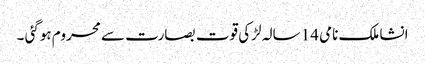
انشا ملک نامی 14 سالہ لڑکی قوت بصارت سے محروم ہوگئی ۔